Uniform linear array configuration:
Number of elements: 12
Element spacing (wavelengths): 0.25
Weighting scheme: hamming
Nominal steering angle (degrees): -45
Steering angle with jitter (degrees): -46.108
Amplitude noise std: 0.05
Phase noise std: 0.05

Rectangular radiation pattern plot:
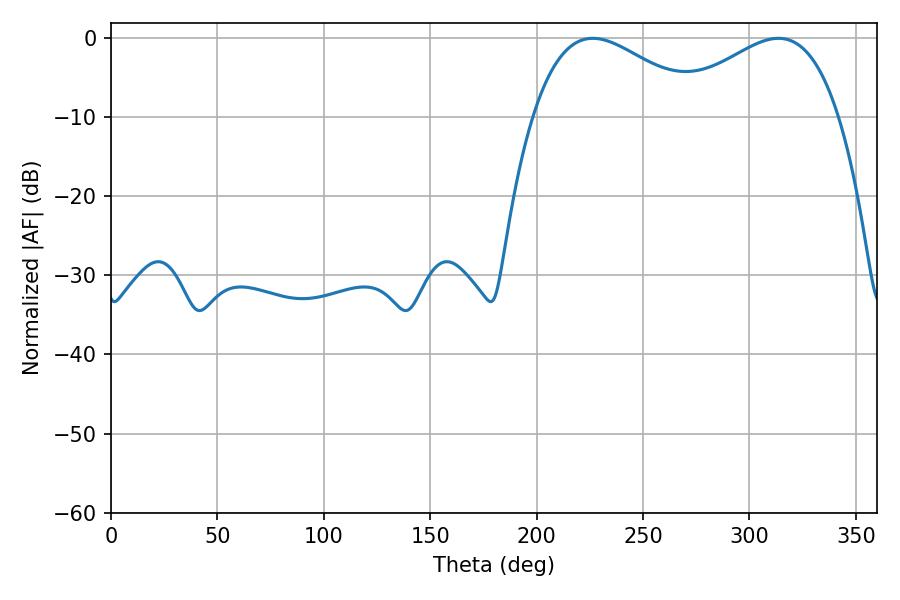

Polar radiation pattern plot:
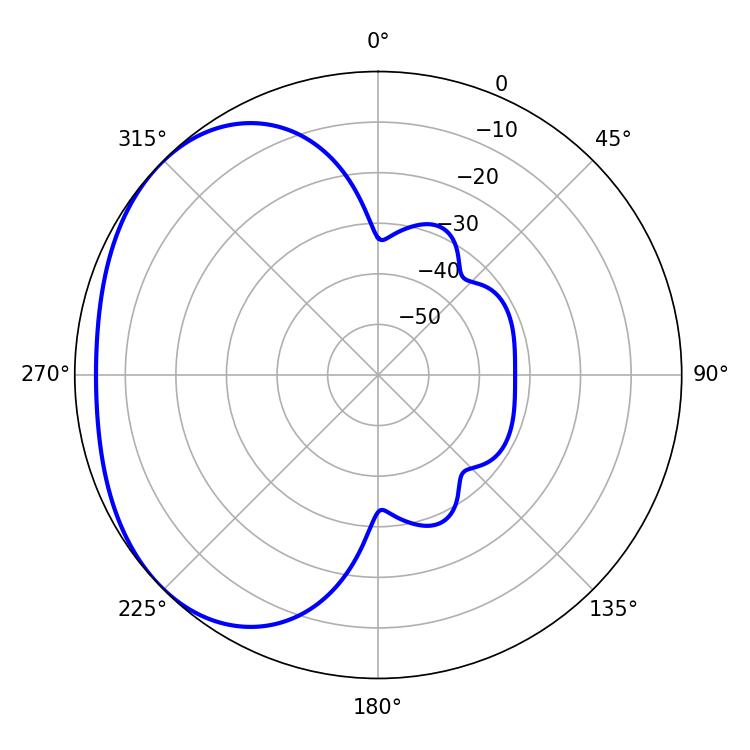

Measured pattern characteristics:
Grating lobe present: FALSE
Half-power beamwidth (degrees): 43.74
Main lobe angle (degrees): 226.44